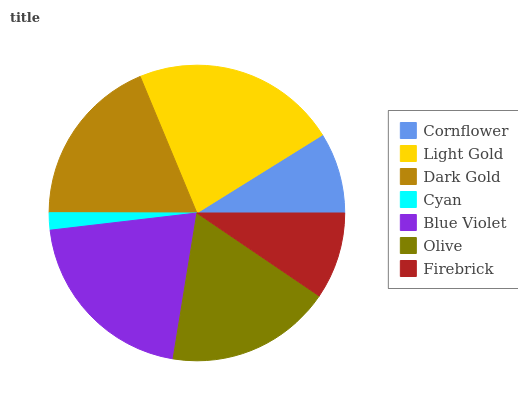
| Cornflower | Light Gold | Dark Gold | Cyan | Blue Violet | Olive | Firebrick |
 | --- | --- | --- | --- | --- | --- | --- |
 | 8.84% | 22.4% | 18.8% | 1.88% | 20.5% | 18.1% | 9.48% |